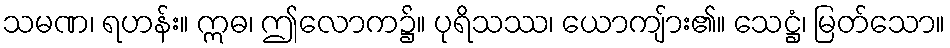
သမဏ၊ ရဟန်း။ ဣဓ၊ ဤလောက၌။ ပုရိသဿ၊ ယောကျ်ား၏။ သေဋ္ဌံ၊ မြတ်သော။